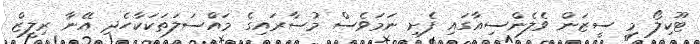
ޓޫކިލޯ މި ސީޒަން ވެލެންސިއާގައި ފެށި ނަމަވެސް މުސާރައިގެ މައްސަލަތަކަކާހެދި އޭނާ ރިލީޒް